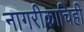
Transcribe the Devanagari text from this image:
नागरीकाचिही